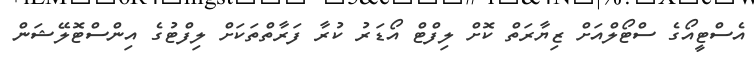
އެސްޓީއޯގެ ސްޓޯލްއަށް ޒިޔާރަތް ކޮށް ލިފްޓް އޯޑަރު ކުރާ ފަރާތްތަކަށް ލިފްޓުގެ އިންސްޓޮލޭޝަން